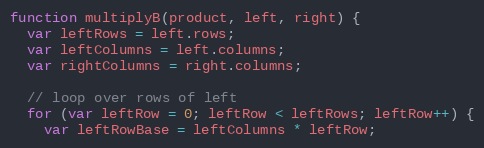
Language: JavaScript
function multiplyB(product, left, right) {
  var leftRows = left.rows;
  var leftColumns = left.columns;
  var rightColumns = right.columns;

  // loop over rows of left
  for (var leftRow = 0; leftRow < leftRows; leftRow++) {
    var leftRowBase = leftColumns * leftRow;